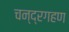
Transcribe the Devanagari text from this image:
चन्द्रगहण